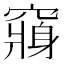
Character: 𮄕